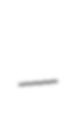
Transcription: –